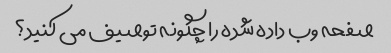
صفحه وب داده شده را چگونه توصیف می کنید؟